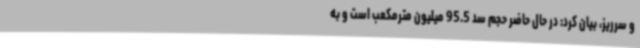
و سرریز، بیان کرد: در حال حاضر حجم سد 95.5 میلیون مترمکعب است و به